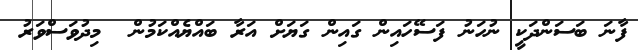
ފާނަ ބަސަންދަކީ ނުހަނު ފަސޭހައިން ގައިން ގަޔަށް އަރާ ބައްޔެއްކަމުން  މިދުވަސްވަރު